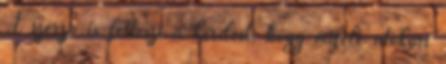
A szerző is felteszi a kérdést, hogy miféle utókori